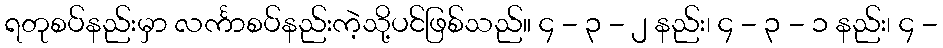
ရတုစပ်နည်းမှာ လင်္ကာစပ်နည်းကဲ့သို့ပင်ဖြစ်သည်။ ၄ - ၃ - ၂ နည်း၊ ၄ - ၃ - ၁ နည်း၊ ၄ -